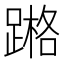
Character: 𨃶